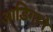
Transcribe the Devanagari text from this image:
आडिगाने